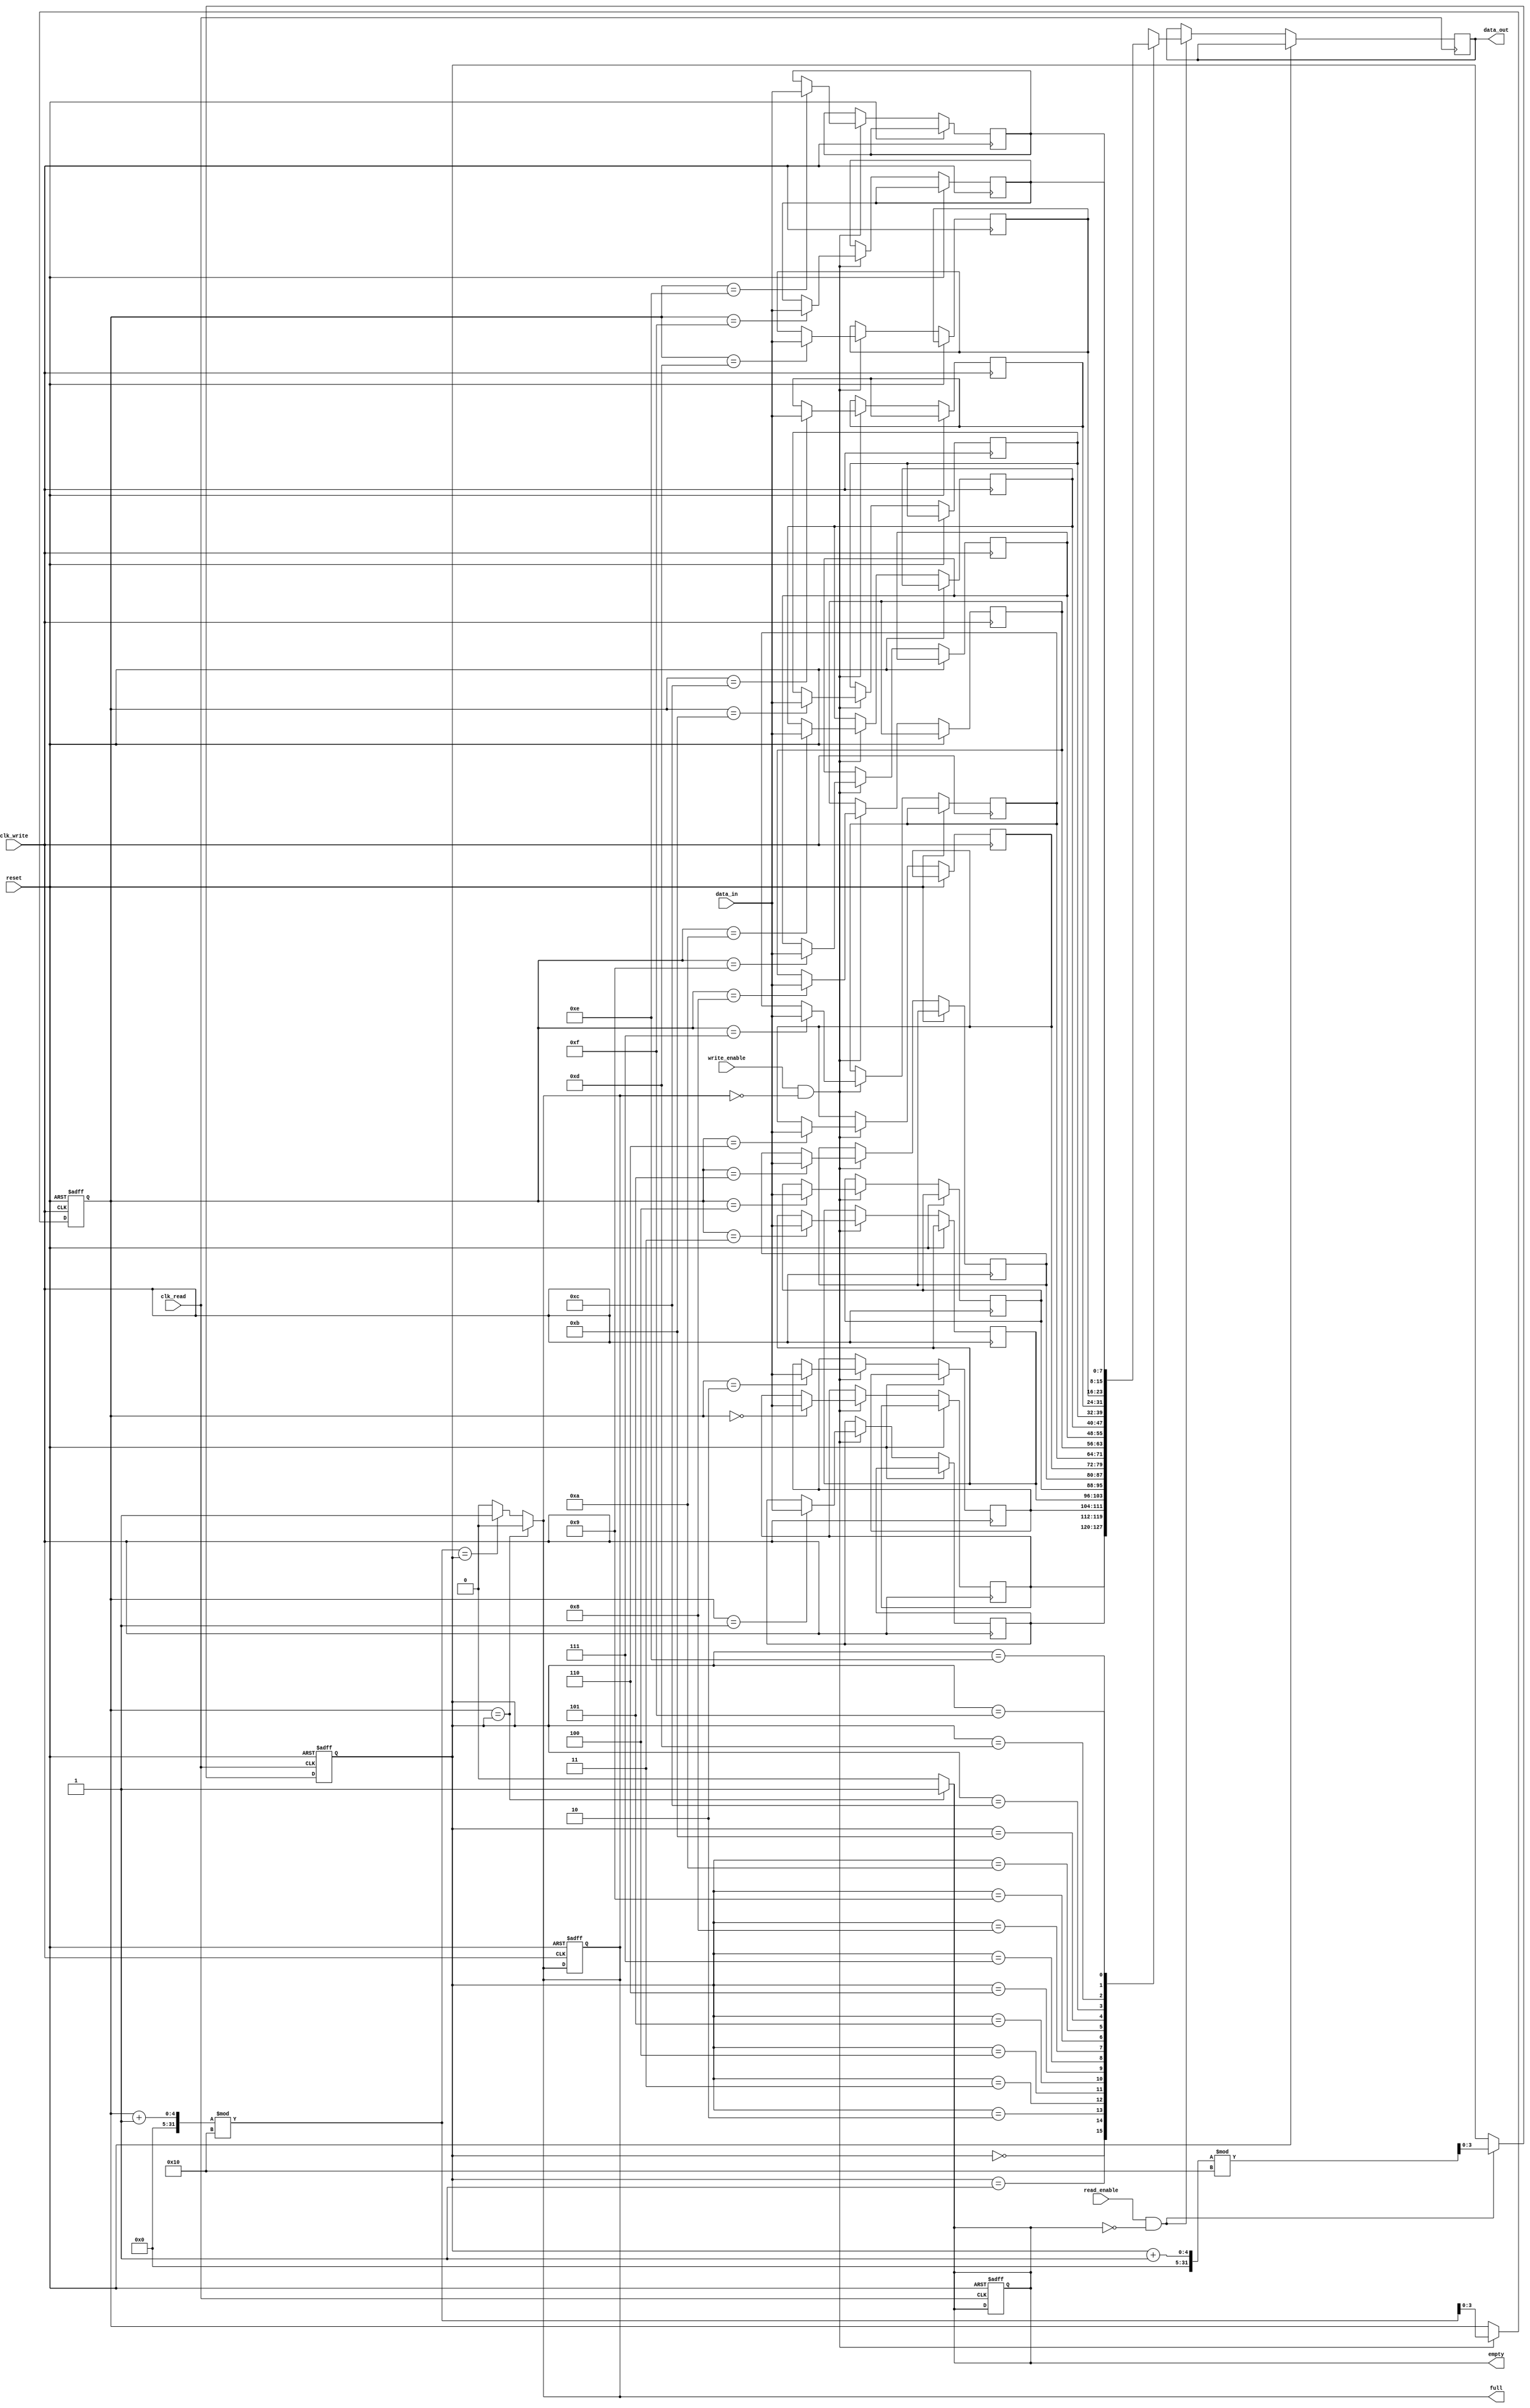
module fifo_synchronizer #(
    parameter DATA_WIDTH = 8,  // Width of the data
    parameter FIFO_DEPTH = 16   // Depth of the FIFO
)(
    input wire clk_write,        // Clock for writing data
    input wire clk_read,         // Clock for reading data
    input wire reset,            // Asynchronous reset
    input wire write_enable,      // Write enable signal
    input wire read_enable,       // Read enable signal
    input wire [DATA_WIDTH-1:0] data_in, // Data input
    output reg [DATA_WIDTH-1:0] data_out, // Data output
    output reg full,             // FIFO full flag
    output reg empty             // FIFO empty flag
);

    // FIFO memory
    reg [DATA_WIDTH-1:0] fifo_mem [0:FIFO_DEPTH-1];

    // Write and Read pointers
    reg [3:0] wp; // Write pointer (4 bits for depth of 16)
    reg [3:0] rp; // Read pointer (4 bits for depth of 16)

    // Synchronization registers for read pointer
    reg [3:0] rp_sync_1, rp_sync_2;

    // FIFO control logic
    always @(posedge clk_write or posedge reset) begin
        if (reset) begin
            wp <= 0;
            full <= 0;
        end else if (write_enable && !full) begin
            fifo_mem[wp] <= data_in; // Write data to FIFO
            wp <= (wp + 1) % FIFO_DEPTH; // Increment write pointer
        end
    end

    always @(posedge clk_read or posedge reset) begin
        if (reset) begin
            rp <= 0;
            empty <= 1;
        end else if (read_enable && !empty) begin
            data_out <= fifo_mem[rp]; // Read data from FIFO
            rp <= (rp + 1) % FIFO_DEPTH; // Increment read pointer
        end
    end

    // Update full and empty flags
    always @(*) begin
        if (wp == rp) begin
            empty = 1; // FIFO is empty
            full = 0;
        end else if ((wp + 1) % FIFO_DEPTH == rp) begin
            full = 1; // FIFO is full
            empty = 0;
        end else begin
            empty = 0; // FIFO is not empty
            full = 0; // FIFO is not full
        end
    end

    // Synchronize read pointer to the write clock domain
    always @(posedge clk_write or posedge reset) begin
        if (reset) begin
            rp_sync_1 <= 0;
            rp_sync_2 <= 0;
        end else begin
            rp_sync_1 <= rp; // First stage of synchronization
            rp_sync_2 <= rp_sync_1; // Second stage of synchronization
        end
    end

endmodule